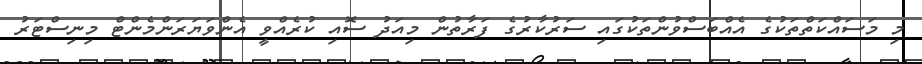
މި މަސައްކަތްތަކުގެ އެއްބަސްވުންތަކުގައި ސަރުކާރުގެ ފަރާތުން މިއަދު ސޮއި ކުރެއްވީ އެންވަޔަރަންމެންޓް މިނިސްޓަރު